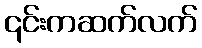
၎င်းကဆက်လက်